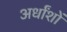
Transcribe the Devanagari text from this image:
अर्धांशों